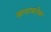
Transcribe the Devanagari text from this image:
बापाबरोबर